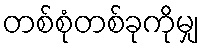
တစ်စုံတစ်ခုကိုမျှ